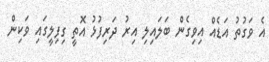
އެ ވަގުތު އަޑެއް އިވިގެން ބަލައިލި އިރު ދަރިފުޅު އޮތީ ގިފިލީގައި ވަކިން